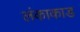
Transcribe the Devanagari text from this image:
लंकाकाड